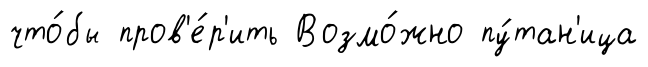
что́бы пров'е́р'ить Возмо́жно пу́тан'ица